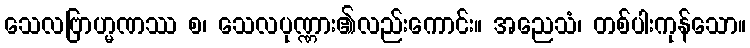
သေလဗြာဟ္မဏဿ စ၊ သေလပုဏ္ဏား၏လည်းကောင်း။ အညေသံ၊ တစ်ပါးကုန်သော။